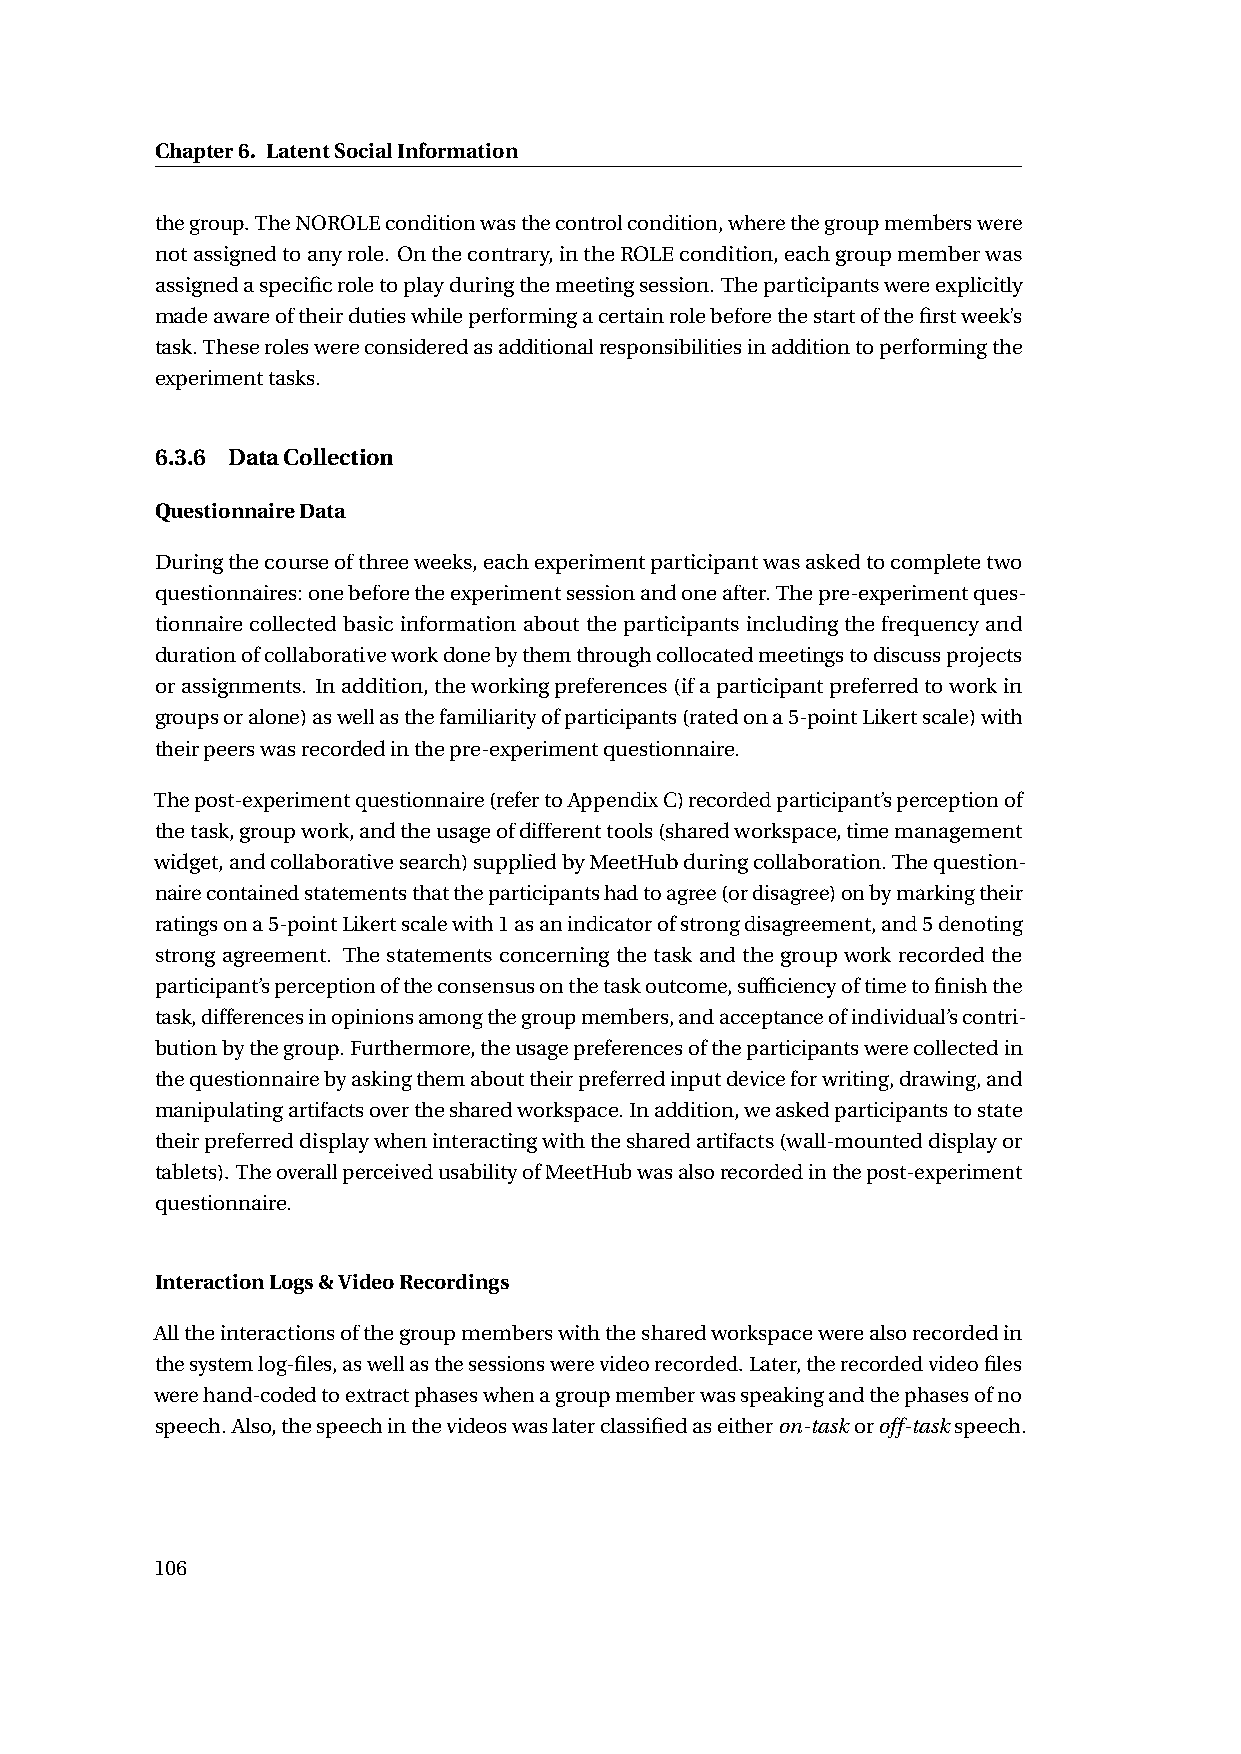
Chapter6. LatentSocialInformation
 thegroup.TheNOROLEconditionwasthecontrolcondition,wherethegroupmemberswere
 notassignedtoanyrole. Onthecontrary,intheROLEcondition,eachgroupmemberwas
 assignedaspecificroletoplayduringthemeetingsession.Theparticipantswereexplicitly
 madeawareoftheirdutieswhileperformingacertainrolebeforethestartofthefirstweek’s
 task.Theseroleswereconsideredasadditionalresponsibilitiesinadditiontoperformingthe
 experimenttasks.
 6.3.6 DataCollection
 QuestionnaireData
 Duringthecourseofthreeweeks,eachexperimentparticipantwasaskedtocompletetwo
 questionnaires:onebeforetheexperimentsessionandoneafter.Thepre-experimentques-
 tionnaire collectedbasic informationaboutthe participants including the frequency and
 durationofcollaborativeworkdonebythemthroughcollocatedmeetingstodiscussprojects
 orassignments. Inaddition,theworkingpreferences(ifaparticipantpreferredtoworkin
 groupsoralone)aswellasthefamiliarityofparticipants(ratedona5-pointLikertscale)with
 theirpeerswasrecordedinthepre-experimentquestionnaire.
 Thepost-experimentquestionnaire(refertoAppendixC)recordedparticipant’sperceptionof
 thetask,groupwork,andtheusageofdifferenttools(sharedworkspace,timemanagement
 widget,andcollaborativesearch)suppliedbyMeetHubduringcollaboration.Thequestion-
 nairecontainedstatementsthattheparticipantshadtoagree(ordisagree)onbymarkingtheir
 ratingsona5-pointLikertscalewith1asanindicatorofstrongdisagreement,and5denoting
 strong agreement. The statements concerning the task and the group work recorded the
 participant’sperceptionoftheconsensusonthetaskoutcome,sufficiencyoftimetofinishthe
 task,differencesinopinionsamongthegroupmembers,andacceptanceofindividual’scontri-
 butionbythegroup.Furthermore,theusagepreferencesoftheparticipantswerecollectedin
 thequestionnairebyaskingthemabouttheirpreferredinputdeviceforwriting,drawing,and
 manipulatingartifactsoverthesharedworkspace.Inaddition,weaskedparticipantstostate
 theirpreferreddisplaywheninteractingwiththesharedartifacts(wall-mounteddisplayor
 tablets).TheoverallperceivedusabilityofMeetHubwasalsorecordedinthepost-experiment
 questionnaire.
 InteractionLogs&VideoRecordings
 Alltheinteractionsofthegroupmemberswiththesharedworkspacewerealsorecordedin
 thesystemlog-files,aswellasthesessionswerevideorecorded.Later,therecordedvideofiles
 werehand-codedtoextractphaseswhenagroupmemberwasspeakingandthephasesofno
 speech.Also,thespeechinthevideoswaslaterclassifiedaseitheron-taskoroff-taskspeech.
 106